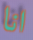
انا